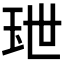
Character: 𤤙